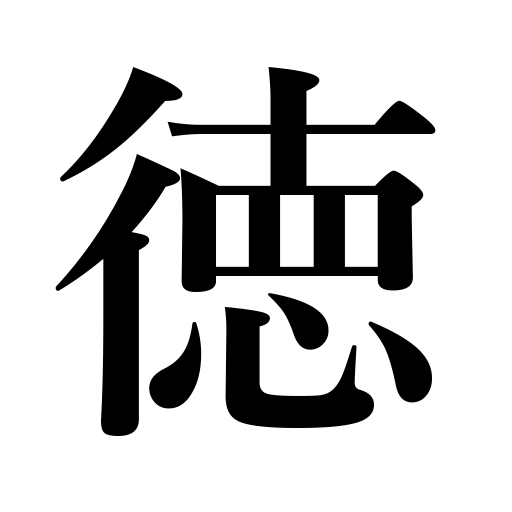
Meanings: virtue,gain,good,power to command respect,goodness